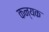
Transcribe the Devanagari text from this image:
कन्यक